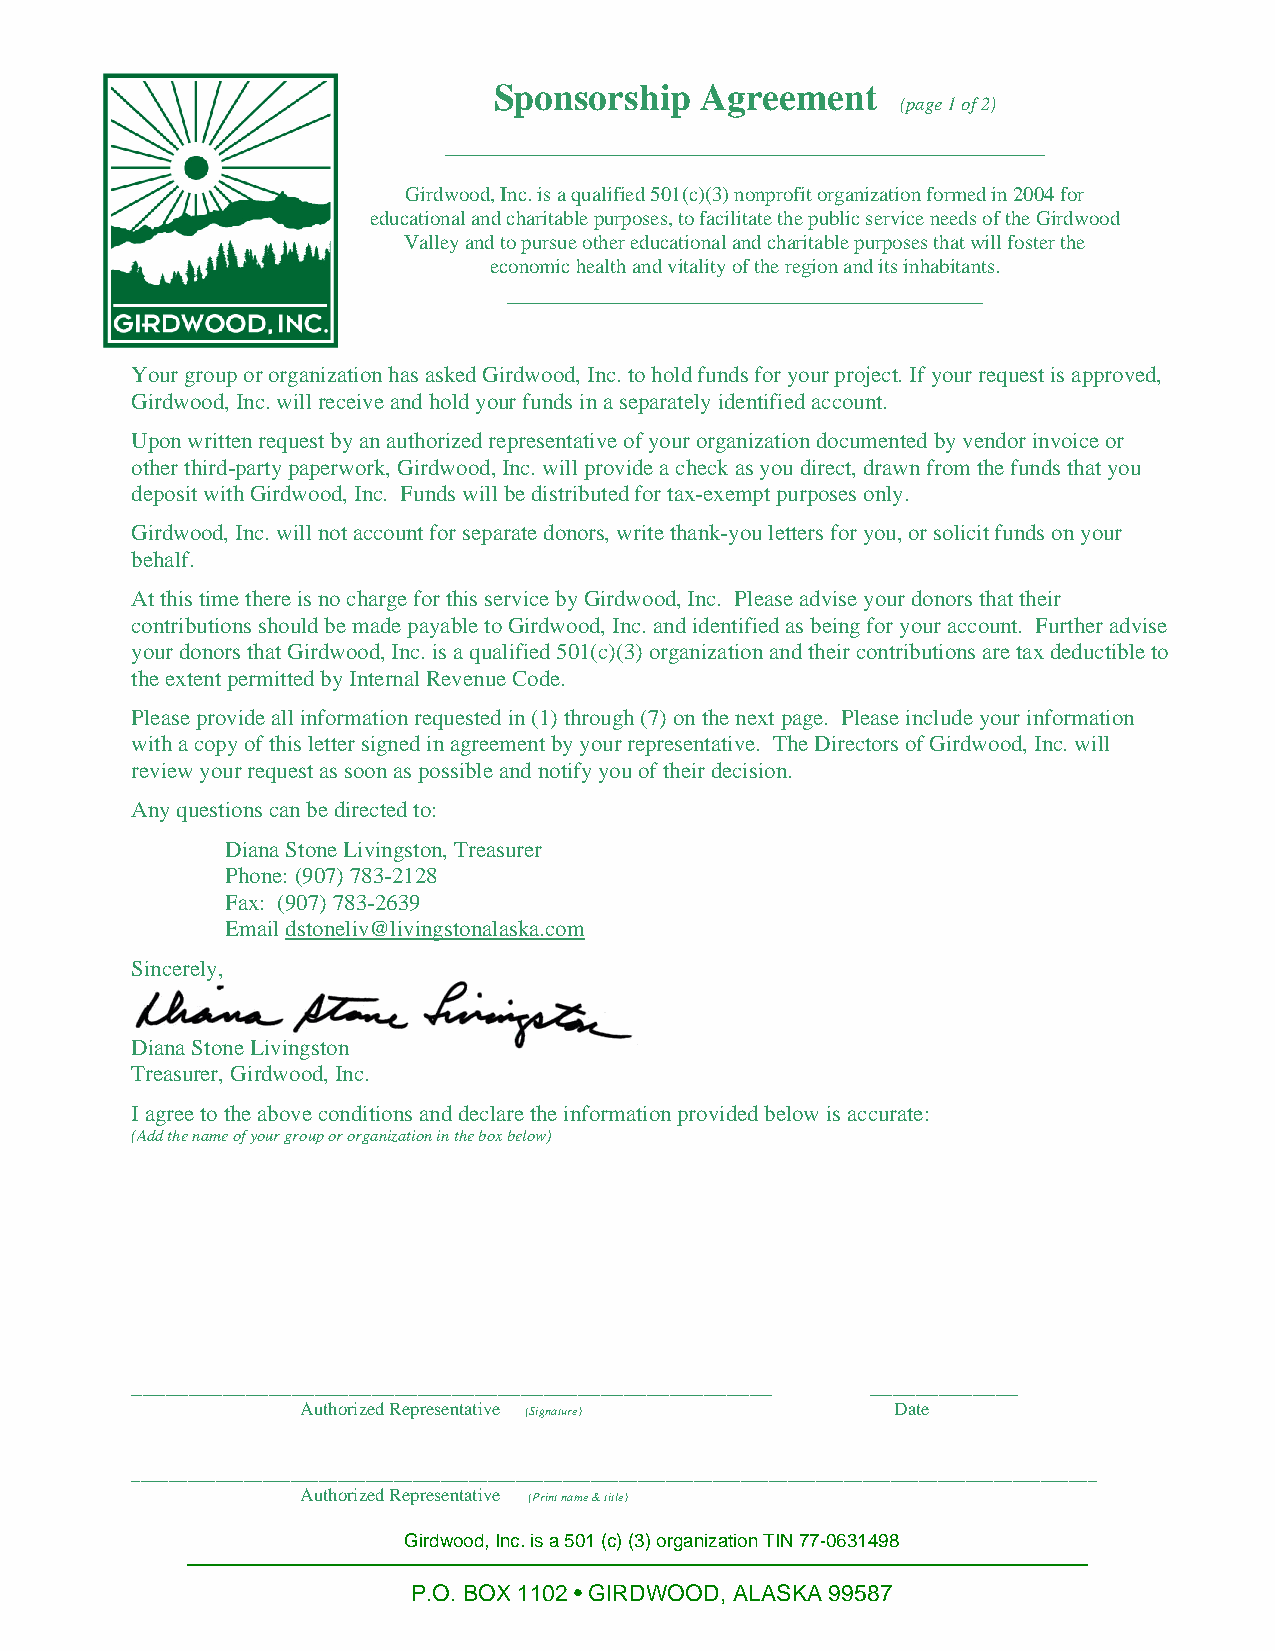
Sponsorship  Agreement
 (page 1 of 2)
 ________________________________________________
 Girdwood, Inc. is a qualified 501(c)(3) nonprofit organization formed in 2004 for
 educational and charitable purposes, to facilitate the public service needs of the Girdwood
 Valley and to pursue other educational and charitable purposes that will foster the
 economic health and vitality of the region and its inhabitants.
 ______________________________________
 Your group or organization has asked Girdwood, Inc. to hold funds for your project. If your request is approved,
 Girdwood, Inc. will receive and hold your funds in a separately identified account.
 Upon written request by an authorized representative of your organization documented by vendor invoice or
 other third-party paperwork, Girdwood, Inc. will provide a check as you direct, drawn from the funds that you
 deposit with Girdwood, Inc. Funds will be distributed for tax-exempt purposes only.
 Girdwood, Inc. will not account for separate donors, write thank-you letters for you, or solicit funds on your
 behalf.
 At this time there is no charge for this service by Girdwood, Inc. Please advise your donors that their
 contributions should be made payable to Girdwood, Inc. and identified as being for your account. Further advise
 your donors that Girdwood, Inc. is a qualified 501(c)(3) organization and their contributions are tax deductible to
 the extent permitted by Internal Revenue Code.
 Please provide all information requested in (1) through (7) on the next page. Please include your information
 with a copy of this letter signed in agreement by your representative. The Directors of Girdwood, Inc. will
 review your request as soon as possible and notify you of their decision.
 Any questions can be directed to:
 Diana Stone Livingston, Treasurer
 Phone: (907) 783-2128
 Fax: (907) 783-2639
 Email dstoneliv@livingstonalaska.com
 Sincerely,
 Diana Stone Livingston
 Treasurer, Girdwood, Inc.
 I agree to the above conditions and declare the information provided below is accurate:
 (Add the name of your group or organization in the box below)
 ________________________________________________________ _____________
 Authorized Representative (Signature)  Date
 _______________________________________________________________________________________________________
 Authorized Representative (Print name & title)
 Girdwood, Inc. is a 501 (c) (3) organization TIN 77-0631498
 P.O. BOX 1102 • GIRDWOOD, ALASKA 99587